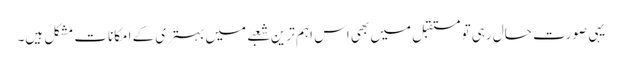
یہی صورت حال رہی تو مستقبل میں بھی اس اہم ترین شعبے میں بہتری کے امکانات مشکل ہیں۔